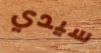
سيدي